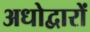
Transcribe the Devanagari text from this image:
अधोद्वारों